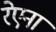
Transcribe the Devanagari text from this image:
रेएना